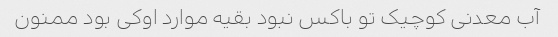
آب معدنی کوچیک تو باکس نبود بقیه موارد اوکی بود ممنون